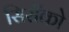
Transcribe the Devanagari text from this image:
सिराँको